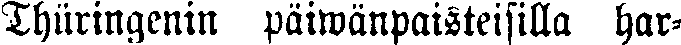
Thüringenin paiwänpaisteisilla har-